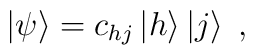
\left|\psi\right>=c_{hj}\left|h\right>\left|j\right>\;,